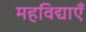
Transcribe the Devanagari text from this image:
महविद्याएँ